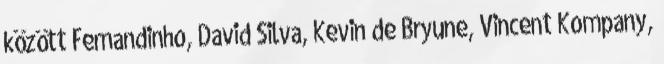
között Fernandinho, David Silva, Kevin de Bryune, Vincent Kompany,